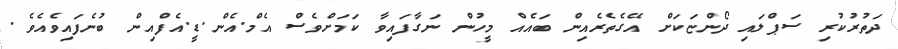
ދަތުރުކުރި ސަޕްލައި ދޯންޏަކަށް އޭގެތެރެއިން ބައެއް މީހުން ނަގާފައިވާ ކަމަށްވެސް އެމް.އެން.ޑީ.އެފްއިން ބުނެފައިވެއެވެ.